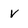
Character: v